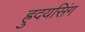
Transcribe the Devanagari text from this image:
ह्रुदयसिंग